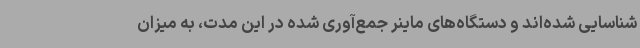
شناسایی شده‌اند و دستگاه‌های ماینر جمع‌آوری شده در این مدت، به میزان